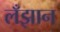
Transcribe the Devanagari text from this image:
लँझान